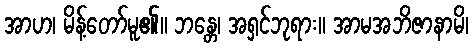
အာဟ၊ မိန့်တော်မူ၏။ ဘန္တေ၊ အရှင်ဘုရား။ အာမအဘိဇာနာမိ၊